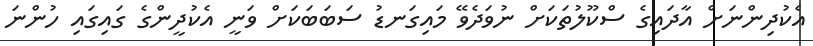
އެކުދިންނަށް އާދައިގެ ސްކޫލުތަކަށް ނުވަދެވޭ މައިގަނޑު ސަބަބަކަށް ވަނީ އެކުދީންގެ ގައިގައި ހުންނަ